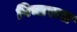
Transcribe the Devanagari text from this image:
विचारास